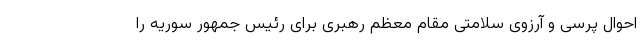
احوال پرسی و آرزوی سلامتی مقام معظم رهبری برای رئیس جمهور سوریه را